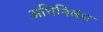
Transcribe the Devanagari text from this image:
अधिनिबंध